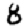
Digit: 8